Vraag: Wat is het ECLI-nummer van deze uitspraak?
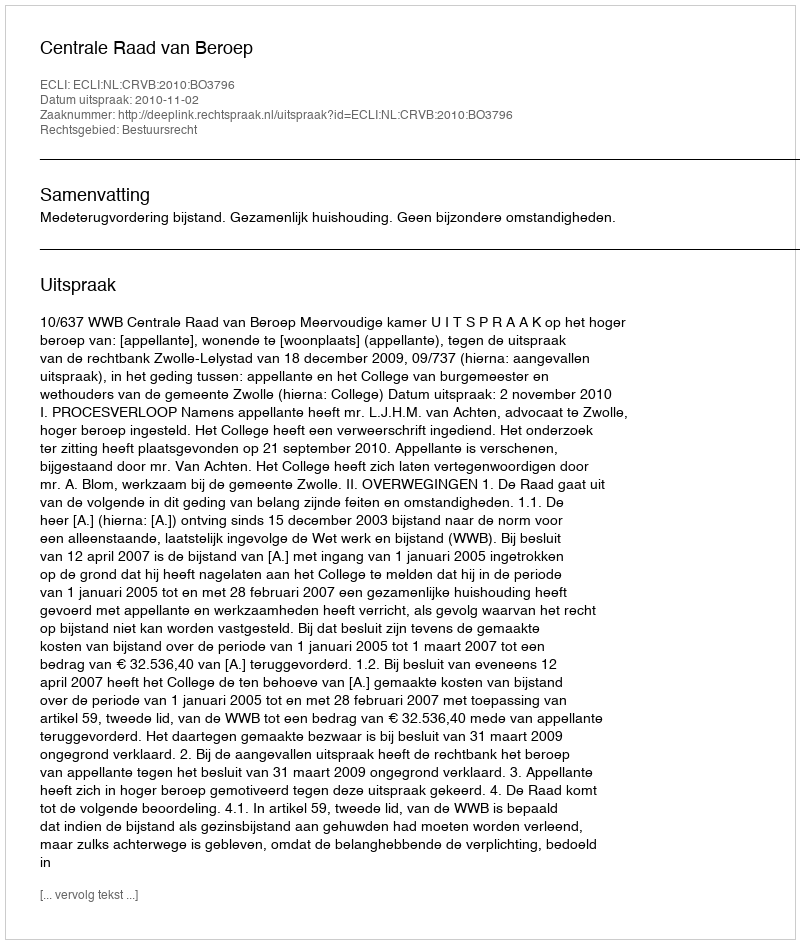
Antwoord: ECLI:NL:CRVB:2010:BO3796